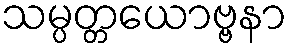
သမ္ပတ္တယောဗ္ဗနာ